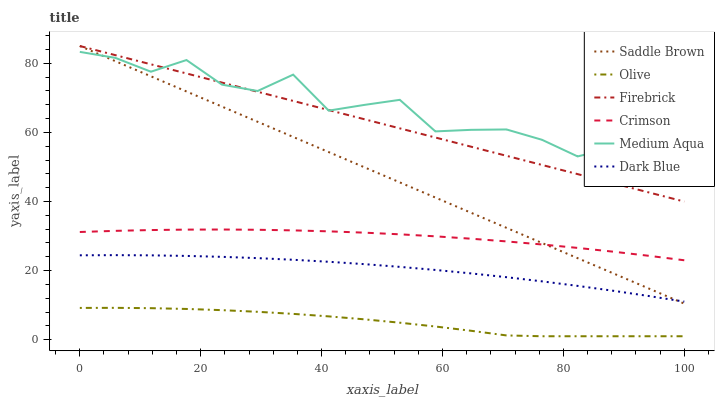
| xaxis_label | Saddle Brown | Olive | Firebrick | Crimson | Medium Aqua | Dark Blue |
 | --- | --- | --- | --- | --- | --- | --- |
 | 0 | 85 | 9.2 | 85 | 31.2 | 83.3 | 24.4 |
 | 5.88 | 80.6 | 9.22 | 82.4 | 31.5 | 81.6 | 24.5 |
 | 11.8 | 76.2 | 9.13 | 79.7 | 31.7 | 77.6 | 24.4 |
 | 17.6 | 71.8 | 8.9 | 77.1 | 31.9 | 80.9 | 24.3 |
 | 23.5 | 67.5 | 8.55 | 74.4 | 31.9 | 73.8 | 24 |
 | 29.4 | 63.1 | 8.08 | 71.8 | 31.8 | 72 | 23.6 |
 | 35.3 | 58.7 | 7.48 | 69.1 | 31.6 | 76.7 | 23.1 |
 | 41.2 | 54.3 | 6.75 | 66.5 | 31.4 | 66.3 | 22.6 |
 | 47.1 | 49.9 | 5.9 | 63.8 | 31 | 68 | 21.9 |
 | 52.9 | 45.5 | 4.92 | 61.2 | 30.5 | 69.4 | 21.1 |
 | 58.8 | 41.1 | 3.82 | 58.5 | 29.9 | 60.3 | 20.2 |
 | 64.7 | 36.8 | 2.59 | 55.9 | 29.2 | 60.7 | 19.2 |
 | 70.6 | 32.4 | 1.24 | 53.2 | 28.4 | 60.8 | 18.1 |
 | 76.5 | 28 | 1 | 50.6 | 27.6 | 57.9 | 16.9 |
 | 82.4 | 23.6 | 1 | 47.9 | 26.6 | 53 | 15.6 |
 | 88.2 | 19.2 | 1 | 45.3 | 25.5 | 55.5 | 14.2 |
 | 94.1 | 14.8 | 1 | 42.6 | 24.3 | 52 | 12.6 |
 | 100 | 10.4 | 1 | 40 | 23 | 53.5 | 11 |